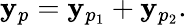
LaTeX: \mathbf{y}_{p}=\mathbf{y}_{p_{1}}+\mathbf{y}_{p_{2}}.